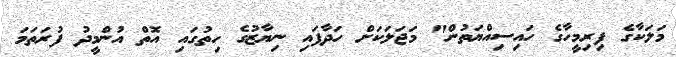
މަލަކާގެ ފިރިމީހާގެ ހައިސިއްޔަތުން" މަޖަލަކަށް ހަދާފައި ނިޔާޒުގެ ހިތުގައި އޮތް އުންމީދު ފުރަތަމަ